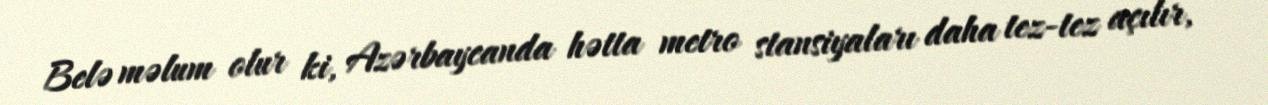
Belə məlum olur ki, Azərbaycanda hətta metro stansiyaları daha tez-tez açılır,